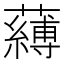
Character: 𮒴